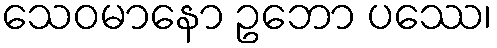
သေဝမာနော ဥဘော ပဿေ၊